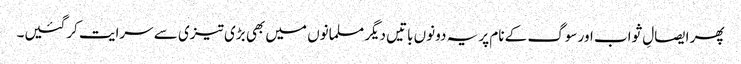
پھر ایصالِ ثواب اور سوگ کے نام پر یہ دونوں باتیں دیگر مسلمانوں میں بھی بڑی تیزی سے سرایت کرگئیں۔